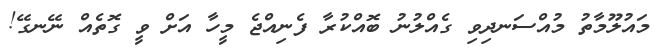
މައުލޫމާތު މުއްސަނދިވި ގެއްލުނު ބޮއްކުރާ ފެނިއްޖެ މީހާ އަށް ވީ ގޮތެއް ނޭނގޭ!